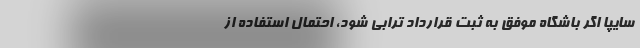
سایپا اگر باشگاه موفق به ثبت قرارداد ترابی شود، احتمال استفاده از